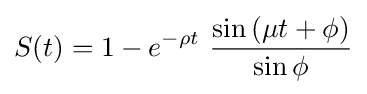
S(t)=1-e^{-\rho t}\ {\frac {\sin \left(\mu t+\phi \right)}{\sin \phi }}